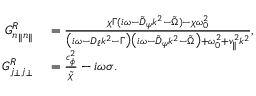
\begin{array} { r l } { G _ { n _ { \| } n _ { \| } } ^ { R } } & { { } = \frac { \chi \Gamma ( i \omega - \tilde { D } _ { \psi } k ^ { 2 } - \tilde { \Omega } ) - \chi \omega _ { 0 } ^ { 2 } } { \big ( i \omega - D _ { \ell } k ^ { 2 } - \Gamma \big ) \big ( i \omega - \tilde { D } _ { \psi } k ^ { 2 } - \tilde { \Omega } \big ) + \omega _ { 0 } ^ { 2 } + v _ { \| } ^ { 2 } k ^ { 2 } } , } \\ { G _ { j _ { \perp } j _ { \perp } } ^ { R } } & { { } = \frac { c _ { \phi } ^ { 2 } } { \tilde { \chi } } - i \omega \sigma . } \end{array}